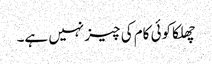
چھلکا کوئی کام کی چیز نہیں ہے۔